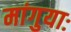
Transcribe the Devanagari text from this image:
मांगुयाः